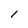
Character: l